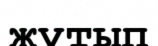
жұтып